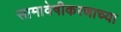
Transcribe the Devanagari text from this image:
सामावेषीकरणाच्या